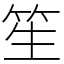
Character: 笙